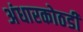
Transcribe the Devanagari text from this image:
अंधारकोठडी